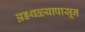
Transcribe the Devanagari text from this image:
अडथळ्यापासून